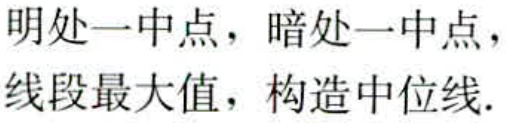
明处一中点，暗处一中点，线段最大值，构造中位线.